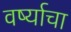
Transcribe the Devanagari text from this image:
वर्ष्याचा